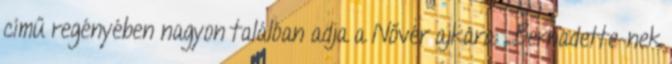
című regényében nagyon találóan adja a Nővér ajkára: „Bernadette-nek